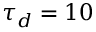
\tau _ { d } = 1 0